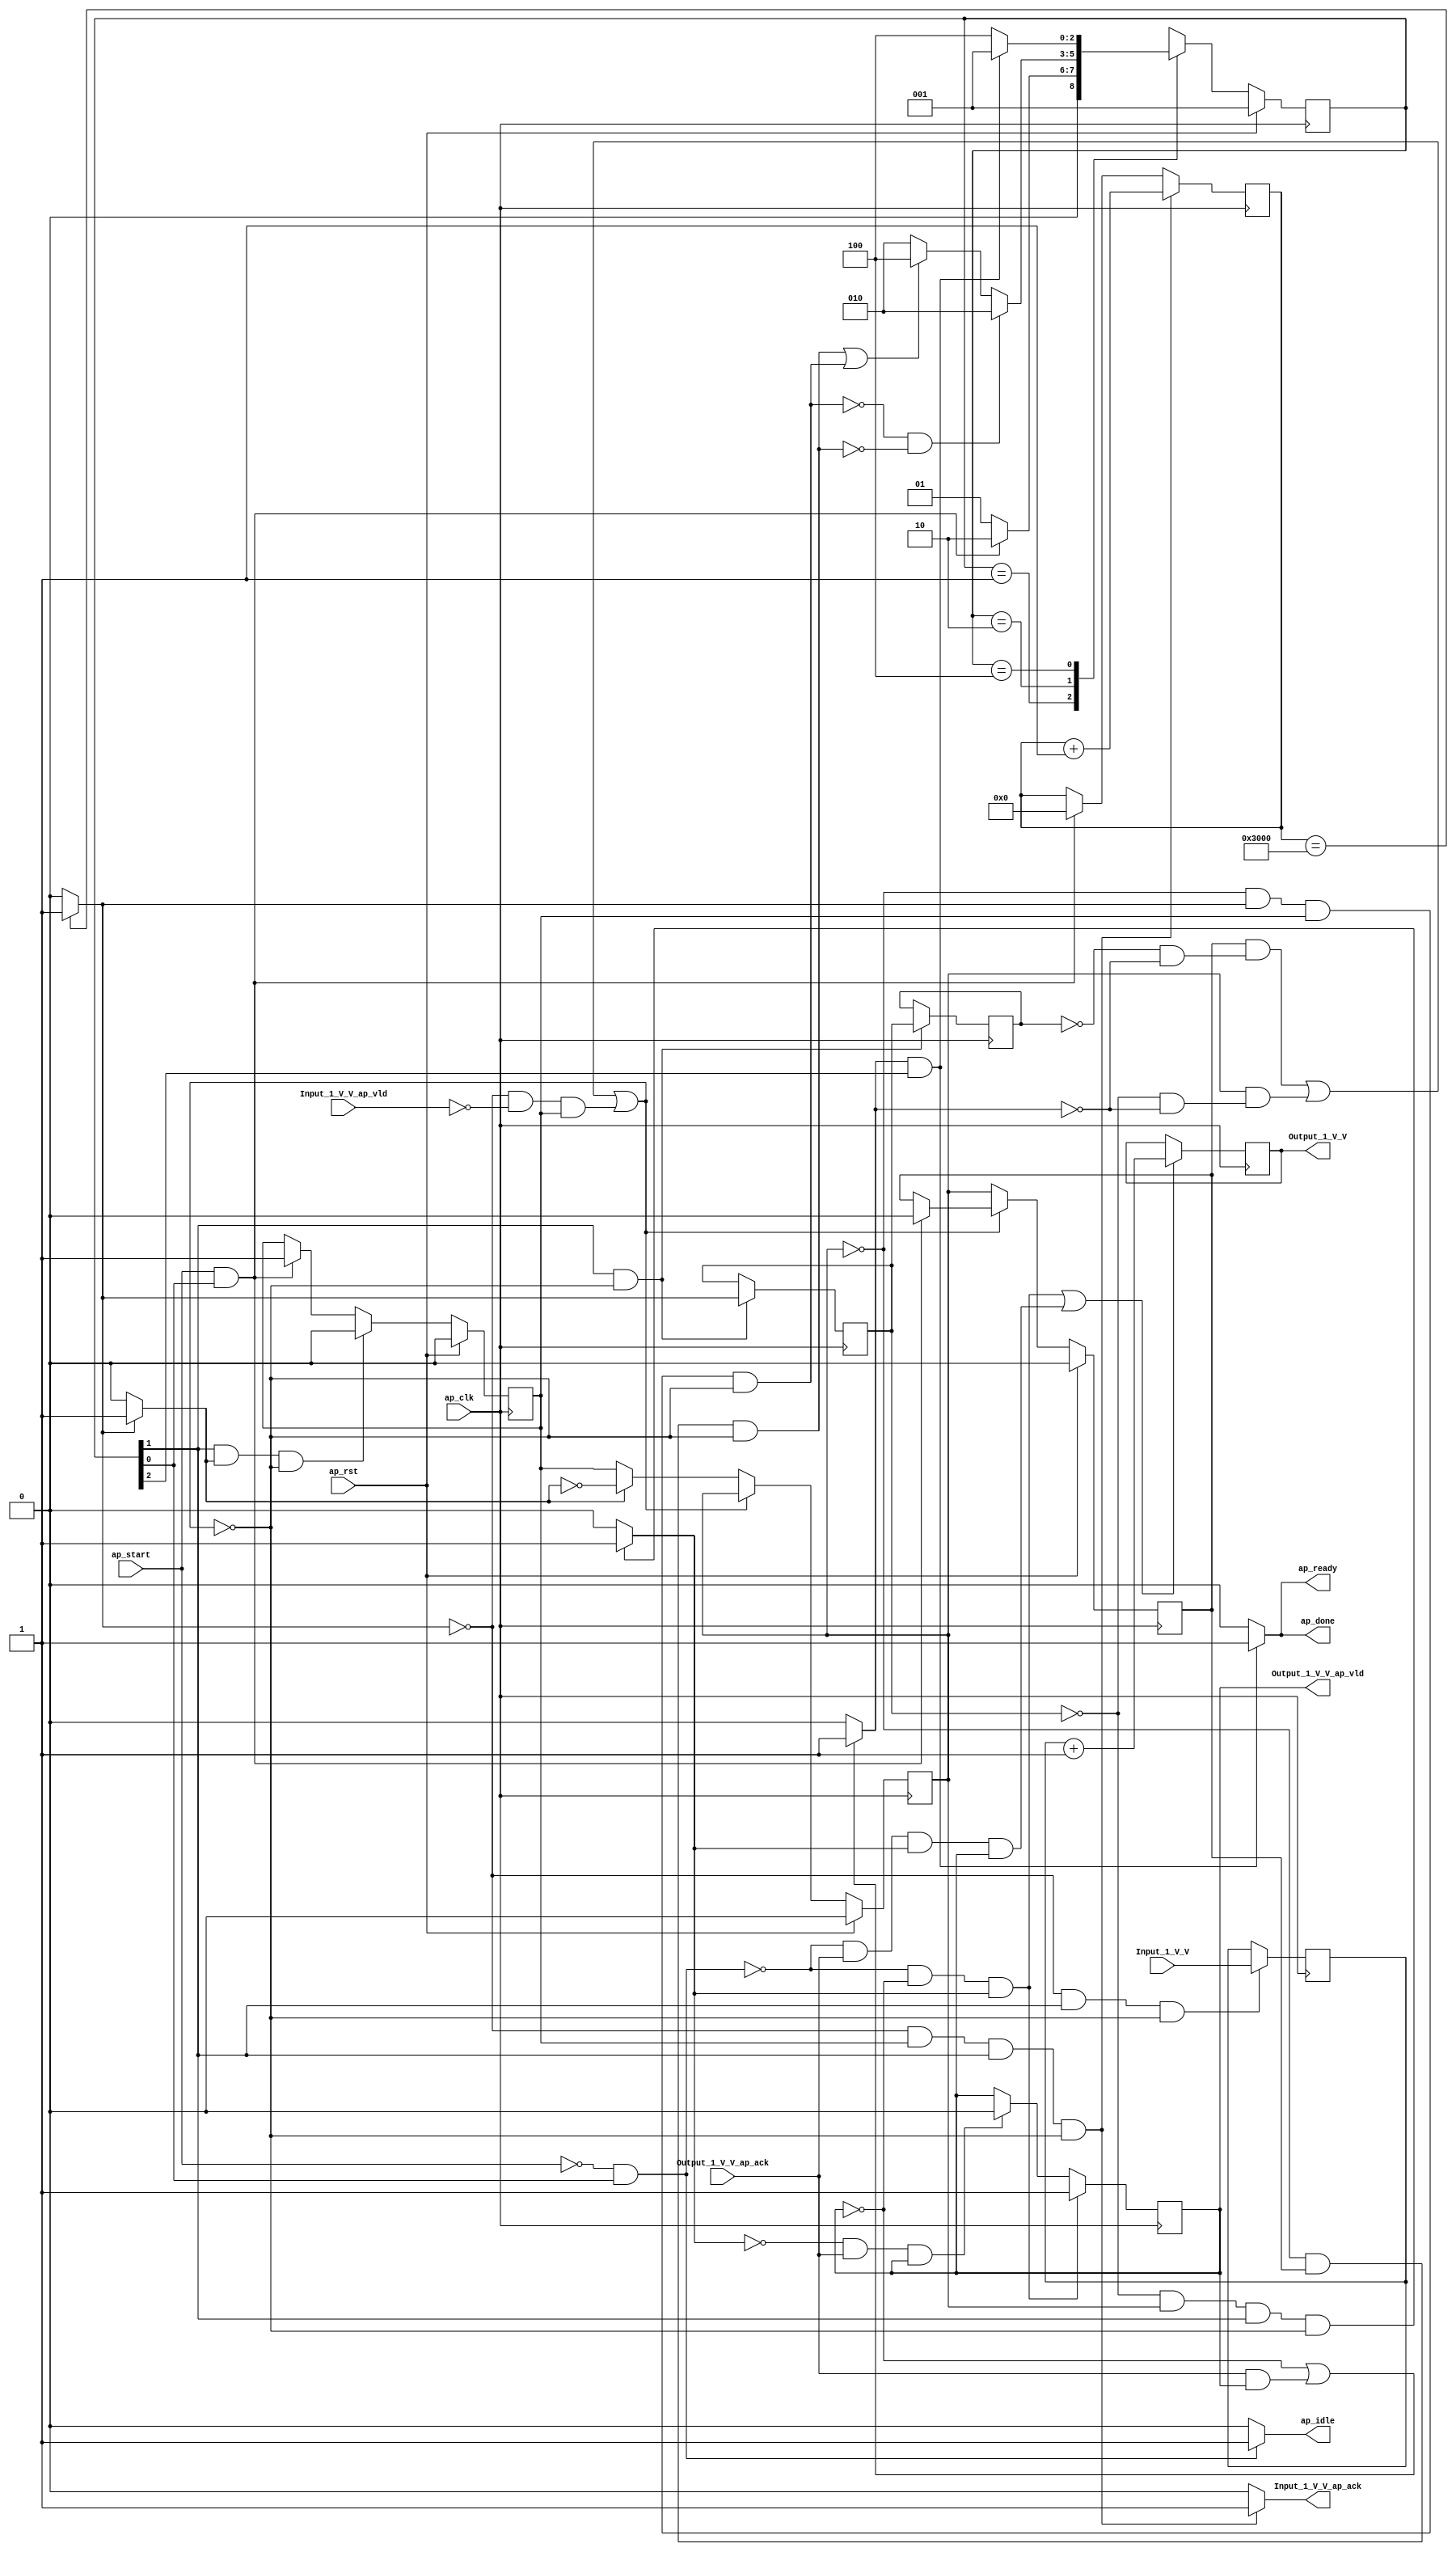
// ==============================================================
// RTL generated by Vivado(TM) HLS - High-Level Synthesis from C, C++ and SystemC
// Version: 2018.3
// Copyright (C) 1986-2018 Xilinx, Inc. All Rights Reserved.
// 
// ===========================================================

`timescale 1 ns / 1 ps 

(* CORE_GENERATION_INFO="user_kernel,hls_ip_2018_3,{HLS_INPUT_TYPE=cxx,HLS_INPUT_FLOAT=0,HLS_INPUT_FIXED=1,HLS_INPUT_PART=xczu9eg-ffvb1156-2-i,HLS_INPUT_CLOCK=3.000000,HLS_INPUT_ARCH=others,HLS_SYN_CLOCK=1.332000,HLS_SYN_LAT=12291,HLS_SYN_TPT=none,HLS_SYN_MEM=0,HLS_SYN_DSP=0,HLS_SYN_FF=215,HLS_SYN_LUT=217,HLS_VERSION=2018_3}" *)

module user_kernel #(
        parameter PAYLOAD_BITS = 32,
        parameter ADD_NUM = 1
        )(
        ap_clk,
        ap_rst,
        ap_start,
        ap_done,
        ap_idle,
        ap_ready,
        Input_1_V_V,
        Input_1_V_V_ap_vld,
        Input_1_V_V_ap_ack,
        Output_1_V_V,
        Output_1_V_V_ap_vld,
        Output_1_V_V_ap_ack
);

parameter    ap_ST_fsm_state1 = 3'd1;
parameter    ap_ST_fsm_pp0_stage0 = 3'd2;
parameter    ap_ST_fsm_state5 = 3'd4;

input   ap_clk;
input   ap_rst;
input   ap_start;
output   ap_done;
output   ap_idle;
output   ap_ready;
input  [PAYLOAD_BITS-1:0] Input_1_V_V;
input   Input_1_V_V_ap_vld;
output   Input_1_V_V_ap_ack;
output  [PAYLOAD_BITS-1:0] Output_1_V_V;
output   Output_1_V_V_ap_vld;
input   Output_1_V_V_ap_ack;

reg ap_done;
reg ap_idle;
reg ap_ready;
reg Input_1_V_V_ap_ack;

(* fsm_encoding = "none" *) reg   [2:0] ap_CS_fsm;
wire    ap_CS_fsm_state1;
reg   [PAYLOAD_BITS-1:0] Output_1_V_V_1_data_reg;
reg    Output_1_V_V_1_vld_reg;
reg    Output_1_V_V_1_vld_in;
reg    Output_1_V_V_1_ack_in;
wire    Output_1_V_V_1_ack_out;
reg    Input_1_V_V_blk_n;
wire    ap_CS_fsm_pp0_stage0;
reg    ap_enable_reg_pp0_iter0;
wire    ap_block_pp0_stage0;
wire   [0:0] exitcond_fu_68_p2;
reg    Output_1_V_V_blk_n;
reg    ap_enable_reg_pp0_iter1;
reg   [0:0] exitcond_reg_86;
reg    ap_enable_reg_pp0_iter2;
reg   [0:0] exitcond_reg_86_pp0_iter1_reg;
reg   [13:0] i_reg_57;
reg    ap_block_state2_pp0_stage0_iter0;
wire    ap_block_state3_pp0_stage0_iter1;
reg    ap_block_state3_io;
wire    ap_block_state4_pp0_stage0_iter2;
reg    ap_block_state4_io;
reg    ap_block_pp0_stage0_11001;
wire   [13:0] i_1_fu_74_p2;
reg   [PAYLOAD_BITS-1:0] tmp_V_1_reg_95;
wire   [PAYLOAD_BITS-1:0] tmp_V_fu_80_p2;
reg    ap_block_pp0_stage0_subdone;
reg    ap_condition_pp0_exit_iter0_state2;
reg    ap_block_pp0_stage0_01001;
wire    ap_CS_fsm_state5;
reg   [2:0] ap_NS_fsm;
reg    ap_idle_pp0;
wire    ap_enable_pp0;

// power-on initialization
initial begin
#0 ap_CS_fsm = 3'd1;
#0 Output_1_V_V_1_data_reg = 0;
#0 Output_1_V_V_1_vld_reg = 1'b0;
#0 ap_enable_reg_pp0_iter0 = 1'b0;
#0 ap_enable_reg_pp0_iter1 = 1'b0;
#0 ap_enable_reg_pp0_iter2 = 1'b0;
end

always @ (posedge ap_clk) begin
    if (ap_rst == 1'b1) begin
        ap_CS_fsm <= ap_ST_fsm_state1;
    end else begin
        ap_CS_fsm <= ap_NS_fsm;
    end
end

always @ (posedge ap_clk) begin
    if (ap_rst == 1'b1) begin
        ap_enable_reg_pp0_iter0 <= 1'b0;
    end else begin
        if (((1'b1 == ap_CS_fsm_pp0_stage0) & (1'b1 == ap_condition_pp0_exit_iter0_state2) & (1'b0 == ap_block_pp0_stage0_subdone))) begin
            ap_enable_reg_pp0_iter0 <= 1'b0;
        end else if (((ap_start == 1'b1) & (1'b1 == ap_CS_fsm_state1))) begin
            ap_enable_reg_pp0_iter0 <= 1'b1;
        end
    end
end

always @ (posedge ap_clk) begin
    if (ap_rst == 1'b1) begin
        ap_enable_reg_pp0_iter1 <= 1'b0;
    end else begin
        if ((1'b0 == ap_block_pp0_stage0_subdone)) begin
            if ((1'b1 == ap_condition_pp0_exit_iter0_state2)) begin
                ap_enable_reg_pp0_iter1 <= (1'b1 ^ ap_condition_pp0_exit_iter0_state2);
            end else if ((1'b1 == 1'b1)) begin
                ap_enable_reg_pp0_iter1 <= ap_enable_reg_pp0_iter0;
            end
        end
    end
end

always @ (posedge ap_clk) begin
    if (ap_rst == 1'b1) begin
        ap_enable_reg_pp0_iter2 <= 1'b0;
    end else begin
        if ((1'b0 == ap_block_pp0_stage0_subdone)) begin
            ap_enable_reg_pp0_iter2 <= ap_enable_reg_pp0_iter1;
        end else if (((ap_start == 1'b1) & (1'b1 == ap_CS_fsm_state1))) begin
            ap_enable_reg_pp0_iter2 <= 1'b0;
        end
    end
end

always @ (posedge ap_clk) begin
    if ((~((ap_start == 1'b0) & (1'b1 == ap_CS_fsm_state1)) & (1'b0 == Output_1_V_V_1_vld_reg) & (1'b1 == Output_1_V_V_1_vld_in))) begin
        Output_1_V_V_1_vld_reg <= 1'b1;
    end else if (((1'b0 == Output_1_V_V_1_vld_in) & (1'b1 == Output_1_V_V_1_ack_out) & (1'b1 == Output_1_V_V_1_vld_reg))) begin
        Output_1_V_V_1_vld_reg <= 1'b0;
    end
end

always @ (posedge ap_clk) begin
    if (((exitcond_fu_68_p2 == 1'd0) & (ap_enable_reg_pp0_iter0 == 1'b1) & (1'b1 == ap_CS_fsm_pp0_stage0) & (1'b0 == ap_block_pp0_stage0_11001))) begin
        i_reg_57 <= i_1_fu_74_p2;
    end else if (((ap_start == 1'b1) & (1'b1 == ap_CS_fsm_state1))) begin
        i_reg_57 <= 14'd0;
    end
end

always @ (posedge ap_clk) begin
    if (((~((ap_start == 1'b0) & (1'b1 == ap_CS_fsm_state1)) & (1'b0 == Output_1_V_V_1_vld_reg) & (1'b1 == Output_1_V_V_1_vld_in)) | (~((ap_start == 1'b0) & (1'b1 == ap_CS_fsm_state1)) & (1'b1 == Output_1_V_V_1_ack_out) & (1'b1 == Output_1_V_V_1_vld_in) & (1'b1 == Output_1_V_V_1_vld_reg)))) begin
        Output_1_V_V_1_data_reg <= tmp_V_fu_80_p2;
    end
end

always @ (posedge ap_clk) begin
    if (((1'b1 == ap_CS_fsm_pp0_stage0) & (1'b0 == ap_block_pp0_stage0_11001))) begin
        exitcond_reg_86 <= exitcond_fu_68_p2;
        exitcond_reg_86_pp0_iter1_reg <= exitcond_reg_86;
    end
end

always @ (posedge ap_clk) begin
    if (((exitcond_fu_68_p2 == 1'd0) & (1'b1 == ap_CS_fsm_pp0_stage0) & (1'b0 == ap_block_pp0_stage0_11001))) begin
        tmp_V_1_reg_95 <= Input_1_V_V;
    end
end

always @ (*) begin
    if (((exitcond_fu_68_p2 == 1'd0) & (ap_enable_reg_pp0_iter0 == 1'b1) & (1'b1 == ap_CS_fsm_pp0_stage0) & (1'b0 == ap_block_pp0_stage0_11001))) begin
        Input_1_V_V_ap_ack = 1'b1;
    end else begin
        Input_1_V_V_ap_ack = 1'b0;
    end
end

always @ (*) begin
    if (((exitcond_fu_68_p2 == 1'd0) & (1'b0 == ap_block_pp0_stage0) & (ap_enable_reg_pp0_iter0 == 1'b1) & (1'b1 == ap_CS_fsm_pp0_stage0))) begin
        Input_1_V_V_blk_n = Input_1_V_V_ap_vld;
    end else begin
        Input_1_V_V_blk_n = 1'b1;
    end
end

always @ (*) begin
    if (((1'b0 == Output_1_V_V_1_vld_reg) | ((1'b1 == Output_1_V_V_1_ack_out) & (1'b1 == Output_1_V_V_1_vld_reg)))) begin
        Output_1_V_V_1_ack_in = 1'b1;
    end else begin
        Output_1_V_V_1_ack_in = 1'b0;
    end
end

always @ (*) begin
    if (((exitcond_reg_86 == 1'd0) & (ap_enable_reg_pp0_iter1 == 1'b1) & (1'b1 == ap_CS_fsm_pp0_stage0) & (1'b0 == ap_block_pp0_stage0_11001))) begin
        Output_1_V_V_1_vld_in = 1'b1;
    end else begin
        Output_1_V_V_1_vld_in = 1'b0;
    end
end

always @ (*) begin
    if ((((exitcond_reg_86_pp0_iter1_reg == 1'd0) & (1'b0 == ap_block_pp0_stage0) & (ap_enable_reg_pp0_iter2 == 1'b1)) | ((exitcond_reg_86 == 1'd0) & (1'b0 == ap_block_pp0_stage0) & (ap_enable_reg_pp0_iter1 == 1'b1) & (1'b1 == ap_CS_fsm_pp0_stage0)))) begin
        Output_1_V_V_blk_n = Output_1_V_V_1_ack_in;
    end else begin
        Output_1_V_V_blk_n = 1'b1;
    end
end

always @ (*) begin
    if ((exitcond_fu_68_p2 == 1'd1)) begin
        ap_condition_pp0_exit_iter0_state2 = 1'b1;
    end else begin
        ap_condition_pp0_exit_iter0_state2 = 1'b0;
    end
end

always @ (*) begin
    if (((1'b1 == Output_1_V_V_1_ack_in) & (1'b1 == ap_CS_fsm_state5))) begin
        ap_done = 1'b1;
    end else begin
        ap_done = 1'b0;
    end
end

always @ (*) begin
    if (((ap_start == 1'b0) & (1'b1 == ap_CS_fsm_state1))) begin
        ap_idle = 1'b1;
    end else begin
        ap_idle = 1'b0;
    end
end

always @ (*) begin
    if (((ap_enable_reg_pp0_iter2 == 1'b0) & (ap_enable_reg_pp0_iter1 == 1'b0) & (ap_enable_reg_pp0_iter0 == 1'b0))) begin
        ap_idle_pp0 = 1'b1;
    end else begin
        ap_idle_pp0 = 1'b0;
    end
end

always @ (*) begin
    if (((1'b1 == Output_1_V_V_1_ack_in) & (1'b1 == ap_CS_fsm_state5))) begin
        ap_ready = 1'b1;
    end else begin
        ap_ready = 1'b0;
    end
end

always @ (*) begin
    case (ap_CS_fsm)
        ap_ST_fsm_state1 : begin
            if (((ap_start == 1'b1) & (1'b1 == ap_CS_fsm_state1))) begin
                ap_NS_fsm = ap_ST_fsm_pp0_stage0;
            end else begin
                ap_NS_fsm = ap_ST_fsm_state1;
            end
        end
        ap_ST_fsm_pp0_stage0 : begin
            if ((~((ap_enable_reg_pp0_iter1 == 1'b0) & (exitcond_fu_68_p2 == 1'd1) & (ap_enable_reg_pp0_iter0 == 1'b1) & (1'b0 == ap_block_pp0_stage0_subdone)) & ~((ap_enable_reg_pp0_iter1 == 1'b0) & (ap_enable_reg_pp0_iter2 == 1'b1) & (1'b0 == ap_block_pp0_stage0_subdone)))) begin
                ap_NS_fsm = ap_ST_fsm_pp0_stage0;
            end else if ((((ap_enable_reg_pp0_iter1 == 1'b0) & (ap_enable_reg_pp0_iter2 == 1'b1) & (1'b0 == ap_block_pp0_stage0_subdone)) | ((ap_enable_reg_pp0_iter1 == 1'b0) & (exitcond_fu_68_p2 == 1'd1) & (ap_enable_reg_pp0_iter0 == 1'b1) & (1'b0 == ap_block_pp0_stage0_subdone)))) begin
                ap_NS_fsm = ap_ST_fsm_state5;
            end else begin
                ap_NS_fsm = ap_ST_fsm_pp0_stage0;
            end
        end
        ap_ST_fsm_state5 : begin
            if (((1'b1 == Output_1_V_V_1_ack_in) & (1'b1 == ap_CS_fsm_state5))) begin
                ap_NS_fsm = ap_ST_fsm_state1;
            end else begin
                ap_NS_fsm = ap_ST_fsm_state5;
            end
        end
        default : begin
            ap_NS_fsm = 'bx;
        end
    endcase
end

assign Output_1_V_V = Output_1_V_V_1_data_reg;

assign Output_1_V_V_1_ack_out = Output_1_V_V_ap_ack;

assign Output_1_V_V_ap_vld = Output_1_V_V_1_vld_reg;

assign ap_CS_fsm_pp0_stage0 = ap_CS_fsm[32'd1];

assign ap_CS_fsm_state1 = ap_CS_fsm[32'd0];

assign ap_CS_fsm_state5 = ap_CS_fsm[32'd2];

assign ap_block_pp0_stage0 = ~(1'b1 == 1'b1);

always @ (*) begin
    ap_block_pp0_stage0_01001 = ((exitcond_fu_68_p2 == 1'd0) & (1'b0 == Input_1_V_V_ap_vld) & (ap_enable_reg_pp0_iter0 == 1'b1));
end

always @ (*) begin
    ap_block_pp0_stage0_11001 = (((ap_enable_reg_pp0_iter2 == 1'b1) & (1'b1 == ap_block_state4_io)) | ((ap_enable_reg_pp0_iter1 == 1'b1) & (1'b1 == ap_block_state3_io)) | ((exitcond_fu_68_p2 == 1'd0) & (1'b0 == Input_1_V_V_ap_vld) & (ap_enable_reg_pp0_iter0 == 1'b1)));
end

always @ (*) begin
    ap_block_pp0_stage0_subdone = (((ap_enable_reg_pp0_iter2 == 1'b1) & (1'b1 == ap_block_state4_io)) | ((ap_enable_reg_pp0_iter1 == 1'b1) & (1'b1 == ap_block_state3_io)) | ((exitcond_fu_68_p2 == 1'd0) & (1'b0 == Input_1_V_V_ap_vld) & (ap_enable_reg_pp0_iter0 == 1'b1)));
end

always @ (*) begin
    ap_block_state2_pp0_stage0_iter0 = ((exitcond_fu_68_p2 == 1'd0) & (1'b0 == Input_1_V_V_ap_vld));
end

always @ (*) begin
    ap_block_state3_io = ((exitcond_reg_86 == 1'd0) & (1'b0 == Output_1_V_V_1_ack_in));
end

assign ap_block_state3_pp0_stage0_iter1 = ~(1'b1 == 1'b1);

always @ (*) begin
    ap_block_state4_io = ((exitcond_reg_86_pp0_iter1_reg == 1'd0) & (1'b0 == Output_1_V_V_1_ack_in));
end

assign ap_block_state4_pp0_stage0_iter2 = ~(1'b1 == 1'b1);

assign ap_enable_pp0 = (ap_idle_pp0 ^ 1'b1);

assign exitcond_fu_68_p2 = ((i_reg_57 == 14'd12288) ? 1'b1 : 1'b0);

assign i_1_fu_74_p2 = (i_reg_57 + 14'd1);

assign tmp_V_fu_80_p2 = (tmp_V_1_reg_95 + ADD_NUM);

endmodule //user_kernel